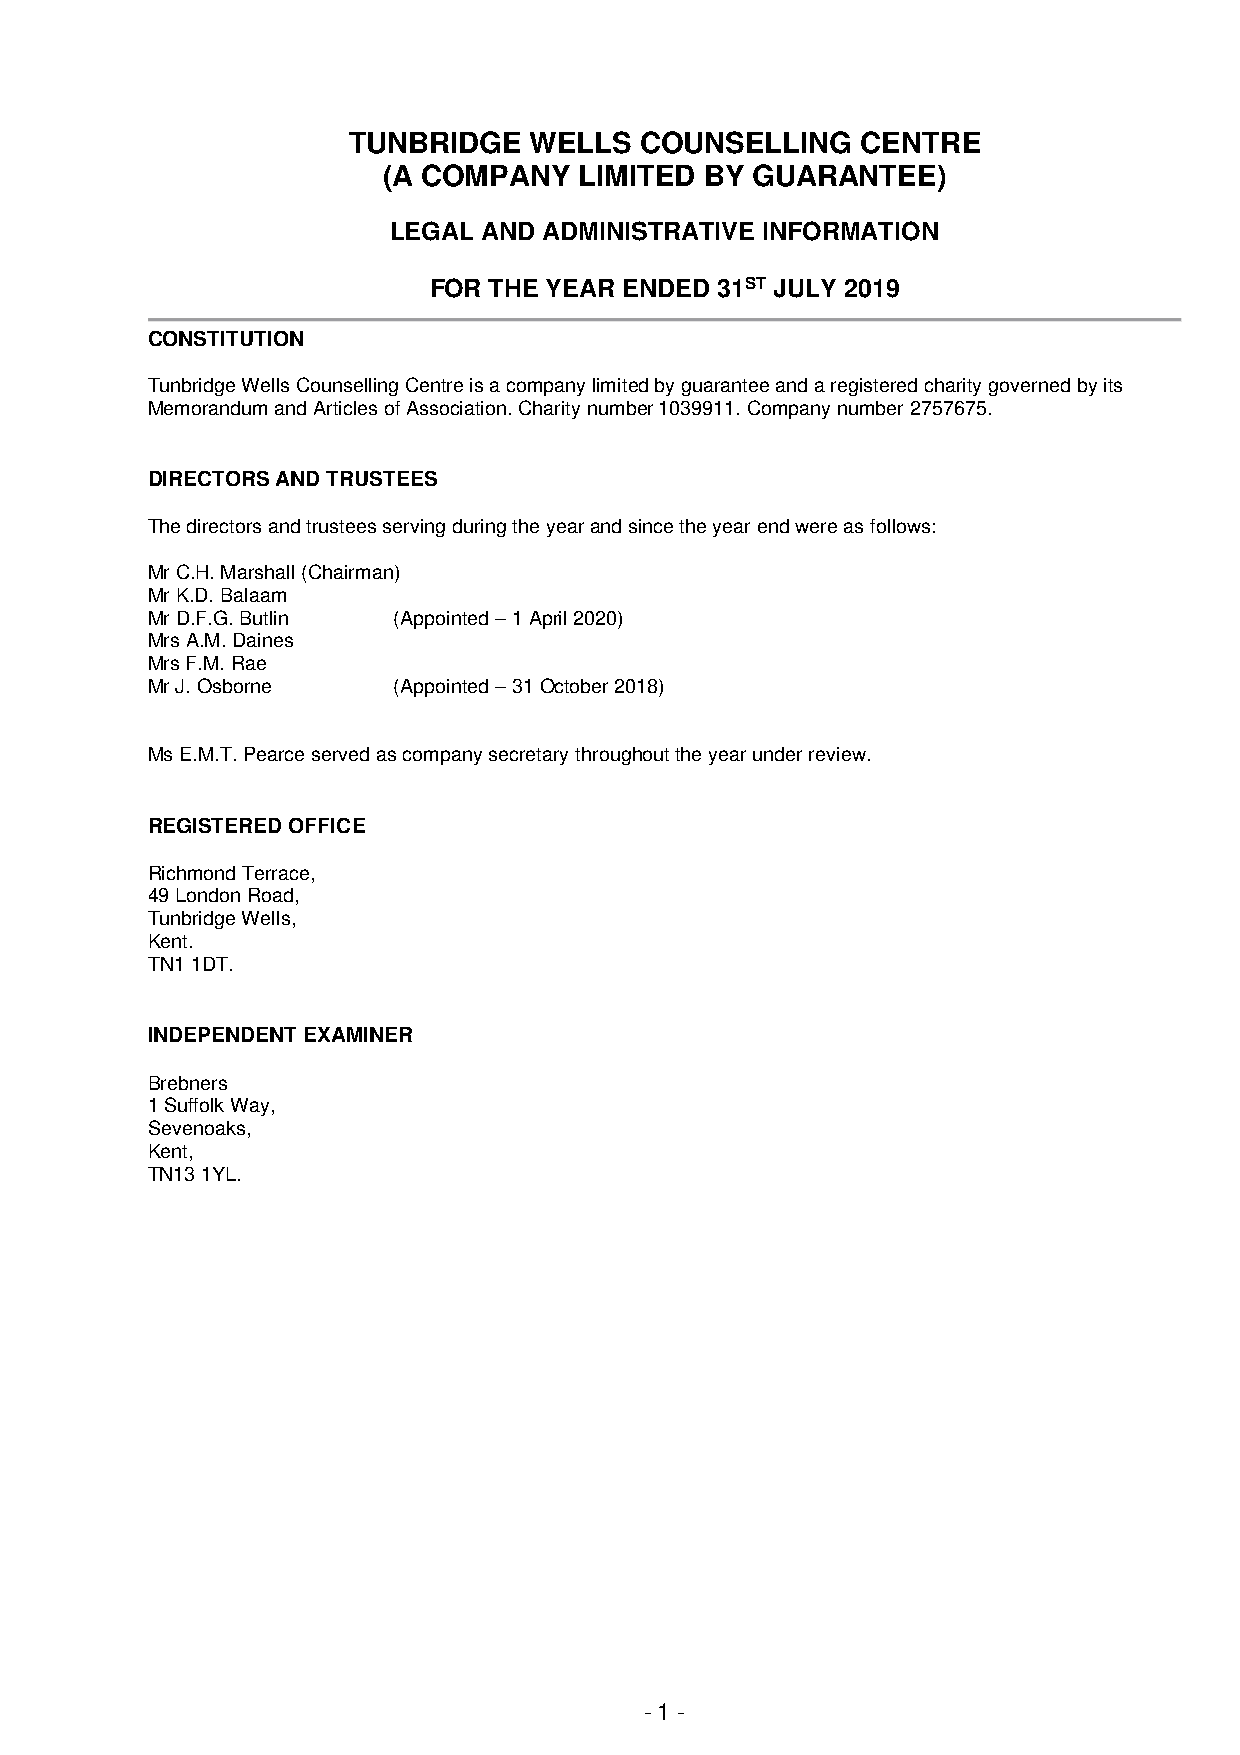
TUNBRIDGE   WELLS  COUNSELLING    CENTRE
 (A COMPANY   LIMITED  BY GUARANTEE)
 LEGAL AND ADMINISTRATIVE INFORMATION
 FOR THE YEAR ENDED 31ST JULY 2019
 CONSTITUTION
 Tunbridge Wells Counselling Centre is a company limited by guarantee and a registered charity governed by its
 Memorandum and Articles of Association. Charity number 1039911. Company number 2757675.
 DIRECTORS AND TRUSTEES
 The directors and trustees serving during the year and since the year end were as follows:
 Mr C.H. Marshall (Chairman)
 Mr K.D. Balaam
 Mr D.F.G. Butlin (Appointed – 1 April 2020)
 Mrs A.M. Daines
 Mrs F.M. Rae
 Mr J. Osborne   (Appointed – 31 October 2018)
 Ms E.M.T. Pearce served as company secretary throughout the year under review.
 REGISTERED OFFICE
 Richmond Terrace,
 49 London Road,
 Tunbridge Wells,
 Kent.
 TN1 1DT.
 INDEPENDENT EXAMINER
 Brebners
 1 Suffolk Way,
 Sevenoaks,
 Kent,
 TN13 1YL.
 - 1 -